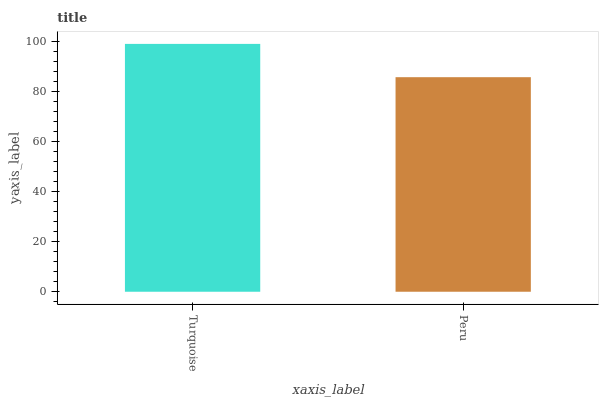
| xaxis_label | bars |
 | --- | --- |
 | Turquoise | 99 |
 | Peru | 85.7 |